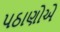
પઠાણોએ